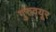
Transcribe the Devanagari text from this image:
गुरुवयूर